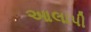
આલાપી